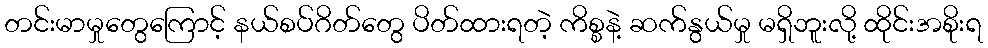
တင်းမာမှုတွေကြောင့် နယ်စပ်ဂိတ်တွေ ပိတ်ထားရတဲ့ ကိစ္စနဲ့ ဆက်နွယ်မှု မရှိဘူးလို့ ထိုင်းအစိုးရ